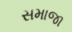
સમાજા